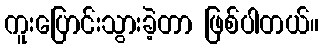
ကူးပြောင်းသွားခဲ့တာ ဖြစ်ပါတယ်။